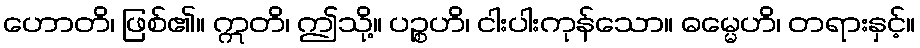
ဟောတိ၊ ဖြစ်၏။ ဣတိ၊ ဤသို့။ ပဉ္စဟိ၊ ငါးပါးကုန်သော။ ဓမ္မေဟိ၊ တရားနှင့်။